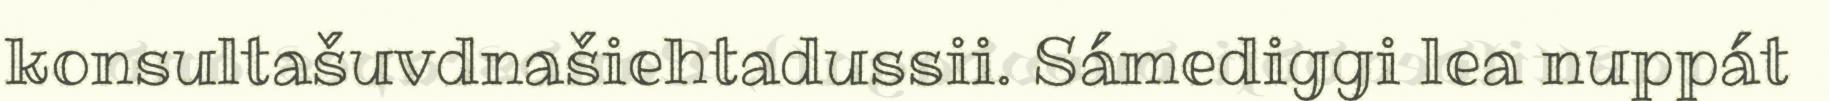
konsultašuvdnašiehtadussii. Sámediggi lea nuppát